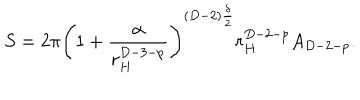
S = 2 \pi \left( 1 + \frac { \alpha } { r _ { H } ^ { D - 3 - p } } \right) ^ { ( D - 2 ) \frac { \delta } { 2 } } r _ { H } ^ { D - 2 - p } A _ { D - 2 - p } .